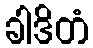
ခါဒိတံ